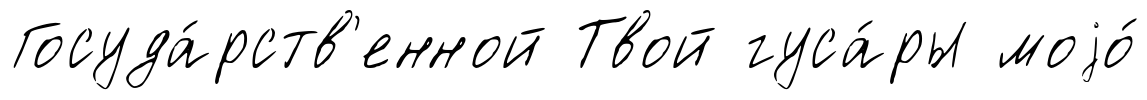
Госуда́рств'енной Твой гуса́ры моjо́